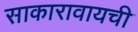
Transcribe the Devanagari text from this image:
साकारावायची